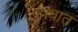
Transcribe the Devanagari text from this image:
है।धात